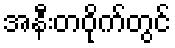
အနီးတဝိုက်တွင်